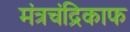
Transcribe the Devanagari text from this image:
मंत्रचंद्रिकाफ